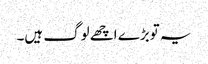
یہ توبڑے اچھے لوگ ہیں۔